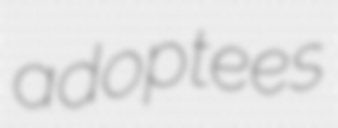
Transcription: adoptees